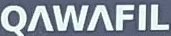
QAWAFIL